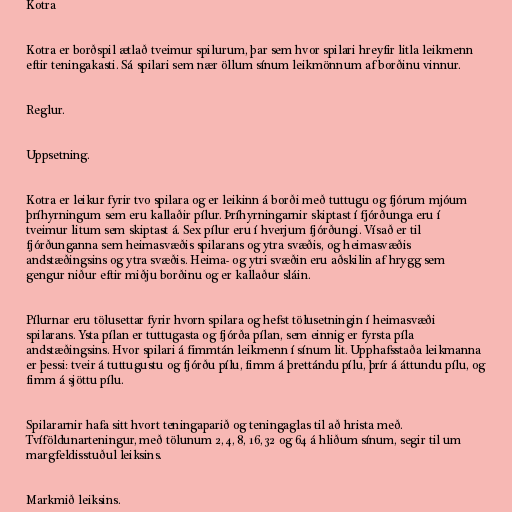
Kotra

Kotra er borðspil ætlað tveimur spilurum, þar sem hvor spilari hreyfir litla leikmenn
eftir teningakasti. Sá spilari sem nær öllum sínum leikmönnum af borðinu vinnur.

Reglur.

Uppsetning.

Kotra er leikur fyrir tvo spilara og er leikinn á borði með tuttugu og fjórum mjóum
þríhyrningum sem eru kallaðir pílur. Þríhyrningarnir skiptast í fjórðunga eru í
tveimur litum sem skiptast á. Sex pílur eru í hverjum fjórðungi. Vísað er til
fjórðunganna sem heimasvæðis spilarans og ytra svæðis, og heimasvæðis
andstæðingsins og ytra svæðis. Heima- og ytri svæðin eru aðskilin af hrygg sem
gengur niður eftir miðju borðinu og er kallaður sláin.

Pílurnar eru tölusettar fyrir hvorn spilara og hefst tölusetningin í heimasvæði
spilarans. Ysta pílan er tuttugasta og fjórða pílan, sem einnig er fyrsta píla
andstæðingsins. Hvor spilari á fimmtán leikmenn í sínum lit. Upphafsstaða leikmanna
er þessi: tveir á tuttugustu og fjórðu pílu, fimm á þrettándu pílu, þrír á áttundu pílu, og
fimm á sjöttu pílu.

Spilararnir hafa sitt hvort teningaparið og teningaglas til að hrista með.
Tvíföldunarteningur, með tölunum 2, 4, 8, 16, 32 og 64 á hliðum sínum, segir til um
margfeldisstuðul leiksins.

Markmið leiksins.